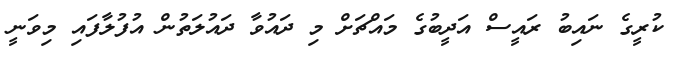
ކުރީގެ ނައިބު ރައީސް އަދީބުގެ މައްޗަށް މި ދައުވާ ދައުލަތުން އުފުލާފައި މިވަނީ